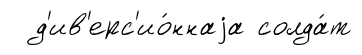
д'ив'ерс'ио́ннаjа солда́т